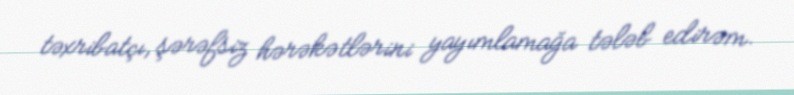
təxribatçı, şərəfsiz hərəkətlərini yayımlamağa tələb edirəm.